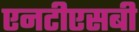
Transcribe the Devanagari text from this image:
एनटीएसबी